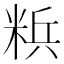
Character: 𮇡